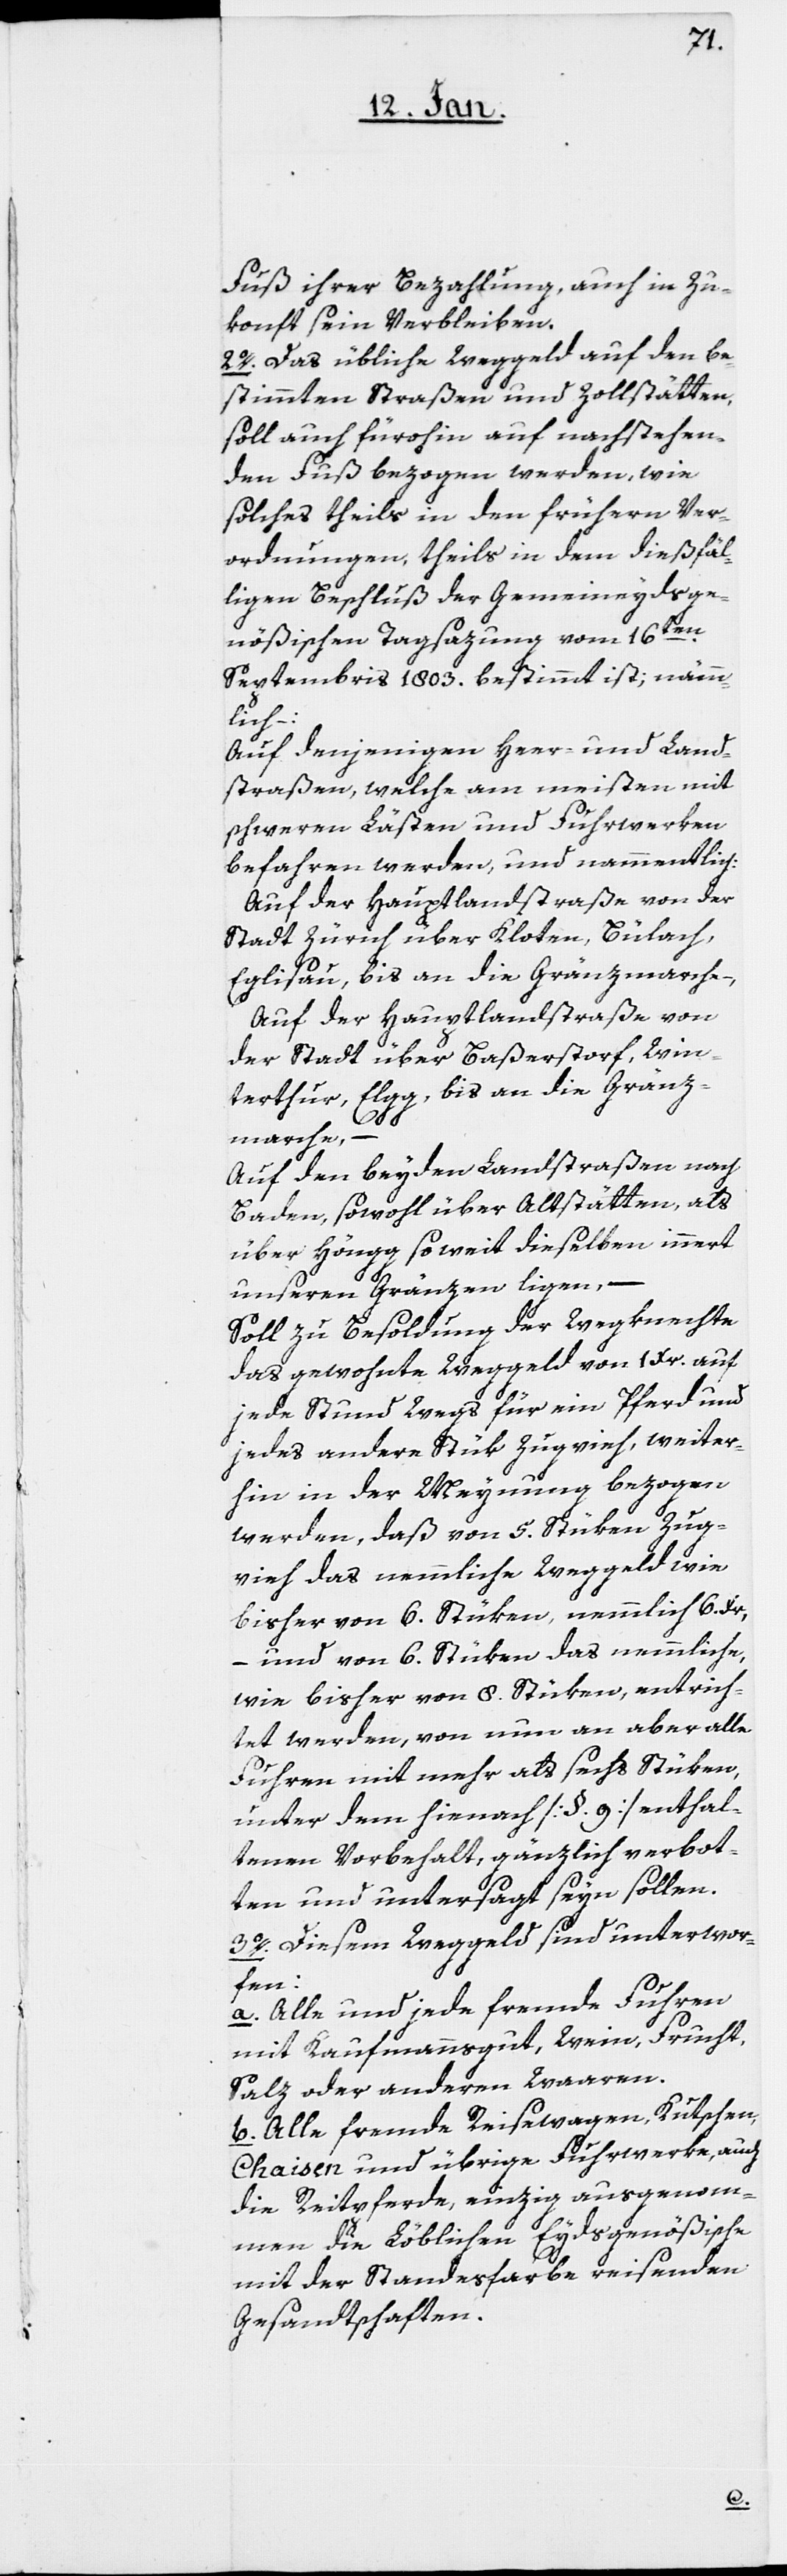
Fuß ihrer Bezahlung auch in Zu¬
konft sein Verbleiben.
2o. Das übliche Weggeld auf den be¬
stimmten Straßen und Zollstätten
soll auch fürohin auf nachstehen¬
den Fuß bezogen werden, wie
solches theils in den frühern Ver¬
ordnungen, theils in dem dießfäl¬
ligen Beschluß der Gemeineydsge¬
nößischen Tagsazung vom 16ten.
Septembris 1803. bestimmt ist; nämm¬
lich:
Auf denjenigen Heer- und Land¬
straßen, welche am meisten mit
schweren Lästen und Fuhrwerken
befahren werden, und nammentlich:
Auf der Hauptstraße von der
Stadt Zürich über Kloten, Bülach,
Eglisau, bis an die Gränzmarche–,
Auf der Hauptlandstraße von
der Stadt über Baßerstorf, Win¬
terthur, Elgg, bis an die Gränz¬
marche, –
Auf den beyden Landstraßen nach
Baden, sowohl über Altstätten, als
über Höngg, soweit dieselben innert
unseren Gränzen ligen, –
Soll zu Besoldung der Wegknechte
das gewohnte Weggeld von 1 Xr. auf
jede Stund Wegs für ein Pferd und
jedes andere Stük Zugvieh, weiter¬
hin in der Meynung bezogen
werden, daß von 5. Stüken Zug¬
vieh das nemmliche Weggeld wie
bisher von 6. Stüken, nemmlich 6. Xr,
– und von 6. Stüken das nemmliche,
wie bisher von 8. Stüken, entrich¬
tet werden, von nun an aber alle
Fuhren mit mehr als sechs Stüken,
unter dem hienach [§ 9] enthal¬
tenen Vorbehalt, gänzlich verbot¬
ten und untersagt seyn sollen.
3o. Diesem Weggeld sind unterwor¬
fen:
a. Alle und jede fremde Fuhren
mit Kaufmannsgut, Wein, Frucht,
Salz oder anderen Waaren.
b. Alle fremde Reisewagen, Kutschen,
Chaisen und übrige Fuhrwerke, auch
die Reitpferde, einzig ausgenom¬
men die Löblichen Eydsgenößische
mit der Standesfarbe reisenden
Gesandtschaften.